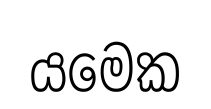
යමෙක